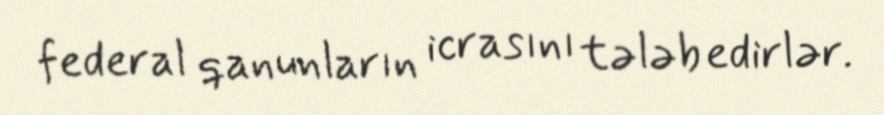
federal qanunların icrasını tələb edirlər.